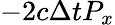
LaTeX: -2c\Delta tP_{x}